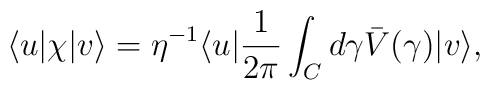
\langle u\vert\chi\vert v\rangle = \eta^{-1} \langle u\vert{1\over 2\pi}\int_C d\gamma\bar V(\gamma )\vert v\rangle ,